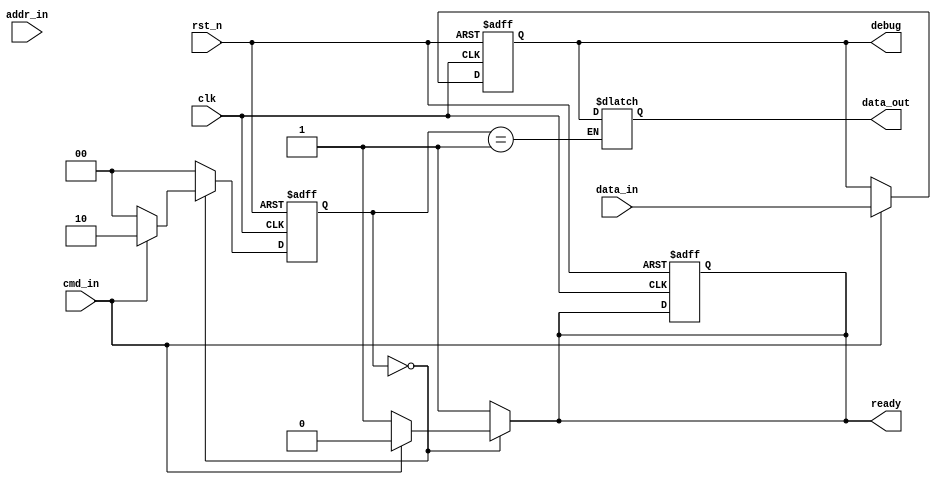
module io_block (
    input wire clk,                   // System clock
    input wire rst_n,                 // Active low reset
    input wire [31:0] data_in,        // Data input from external controller
    input wire [15:0] addr_in,        // Address input
    input wire cmd_in,                // Command input (read/write)
    output reg [31:0] data_out,       // Data output to external controller
    output reg ready,                 // Ready signal for memory controller
    output wire [31:0] debug          // Debug bus
);

    // Parameters
    localparam IDLE = 2'b00;
    localparam READ = 2'b01;
    localparam WRITE = 2'b10;

    // State variables
    reg [1:0] state, next_state;
    reg [31:0] internal_buffer;        // Internal buffer for data transfer

    // Input Buffer
    always @(posedge clk or negedge rst_n) begin
        if (!rst_n) begin
            internal_buffer <= 32'b0;
        end else if (cmd_in) begin // Assuming cmd_in indicates valid data
            internal_buffer <= data_in; // Capture incoming data
        end
    end

    // Control Logic
    always @(posedge clk or negedge rst_n) begin
        if (!rst_n) begin
            state <= IDLE;
            ready <= 1'b0;
        end else begin
            state <= next_state;
        end
    end

    // State Machine for Read/Write operations
    always @(*) begin
        case (state)
            IDLE: begin
                if (cmd_in) begin
                    next_state = (cmd_in) ? WRITE : READ; // Assuming cmd_in defines operation
                    ready = 1'b0;
                end else begin
                    next_state = IDLE;
                    ready = 1'b1;
                end
            end
            READ: begin
                data_out = internal_buffer; // Output data
                next_state = IDLE;
                ready = 1'b1;
            end
            WRITE: begin
                // Logic for write operation (not implemented for simplicity)
                next_state = IDLE;
                ready = 1'b1;
            end
            default: begin
                next_state = IDLE;
                ready = 1'b1;
            end
        endcase
    end

    // Clock Management (Clock Generation & Distribution)
    wire clk_out;
    // PLL or clock management implementation would go here

    // Debugging output
    assign debug = {state, internal_buffer};

endmodule